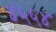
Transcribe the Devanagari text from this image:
४५५४